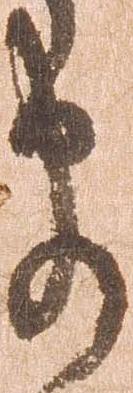
衛